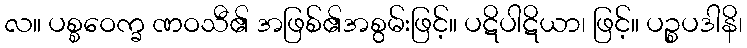
လ။ ပစ္စဝေက္ခ ဏဝသီ၏ အဖြစ်၏အစွမ်းဖြင့်။ ပဋိပါဋိယာ၊ ဖြင့်။ ပဉ္စပဒါနိ၊